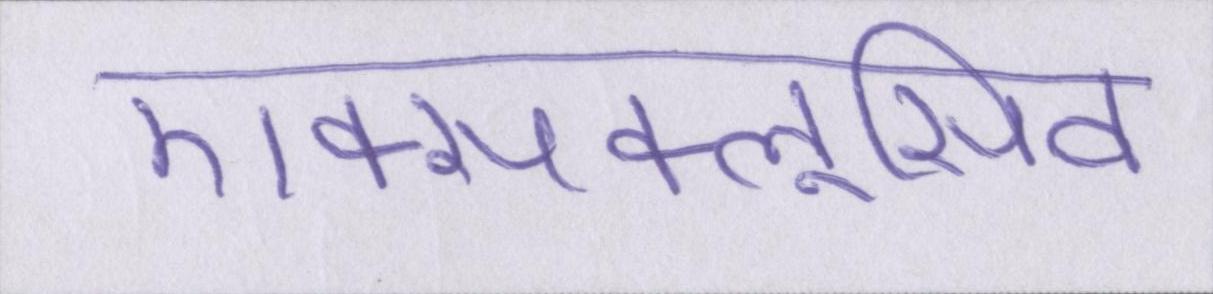
एक्सक्लूसिव